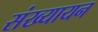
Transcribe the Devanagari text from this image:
संख्यायन